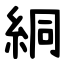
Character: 絧